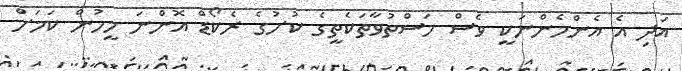
އަދި އެ އެންމެންނަކީ ވެސް މަސްތުވާތަކެތީގެ ކުށުގެ ރެކޯޑް އޮންނަ މީހުން ކަމަށް